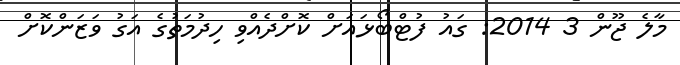
މާލެ ޖޫން 3 2014: ގައު ފުޓްބޯޅައަށް ކޮށްދެއްވި ހިދުމަތުގެ އަގު ވަޒަންކޮށް